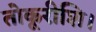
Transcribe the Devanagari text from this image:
तोकूरीशि।